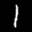
Label: 1